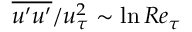
\overline { { u ^ { \prime } u ^ { \prime } } } / u _ { \tau } ^ { 2 } \sim \ln R e _ { \tau }